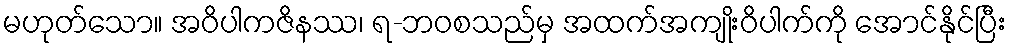
မဟုတ်သော။ အဝိပါကဇိနဿ၊ ရ-ဘဝစသည်မှ အထက်အကျိုးဝိပါက်ကို အောင်နိုင်ပြီး